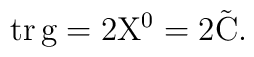
\rm{tr} \, g=2 X^0=2 {\tilde C}.